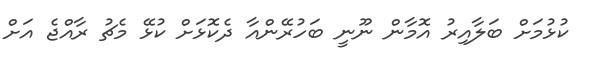
ކުޅުމަށް ބަލާއިރު އޮމާން ނޫނީ ބަހުރޭންއާ ދެކޮޅަށް ކުޅޭ މެޗު ރާއްޖެ އަށް